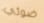
ضوئي